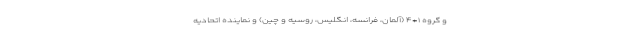
و گروه ۱+۴ (آلمان،‌ فرانسه، انگلیس، روسیه و چین) و نماینده اتحادیه